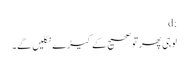
;d
لوجی پھر تو صحیح کے کیڑے نکلیں گے۔